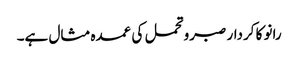
رانو کا کردار صبروتحمل کی عمدہ مثال ہے۔